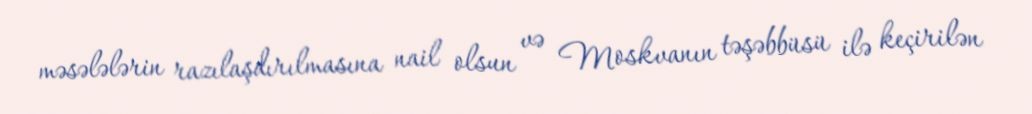
məsələlərin razılaşdırılmasına nail olsun və Moskvanın təşəbbüsü ilə keçirilən